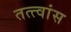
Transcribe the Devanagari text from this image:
तत्त्वांस